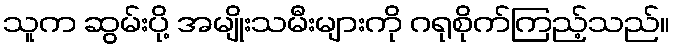
သူက ဆွမ်းပို့ အမျိုးသမီးများကို ဂရုစိုက်ကြည့်သည်။